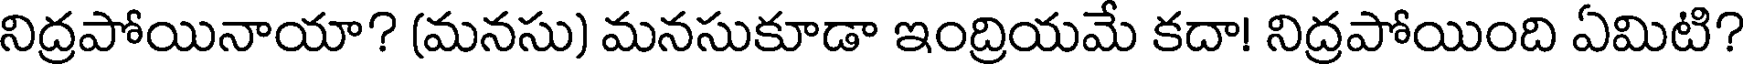
నిద్రపోయినాయా? (మనసు) మనసుకూడా ఇంద్రియమే కదా! నిద్రపోయింది ఏమిటి?